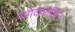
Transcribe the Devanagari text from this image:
नॅनोकंपोझिट